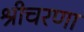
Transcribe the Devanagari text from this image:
श्रीचरणा